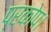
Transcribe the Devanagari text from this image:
प्रकोप।